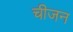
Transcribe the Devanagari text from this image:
चीजन